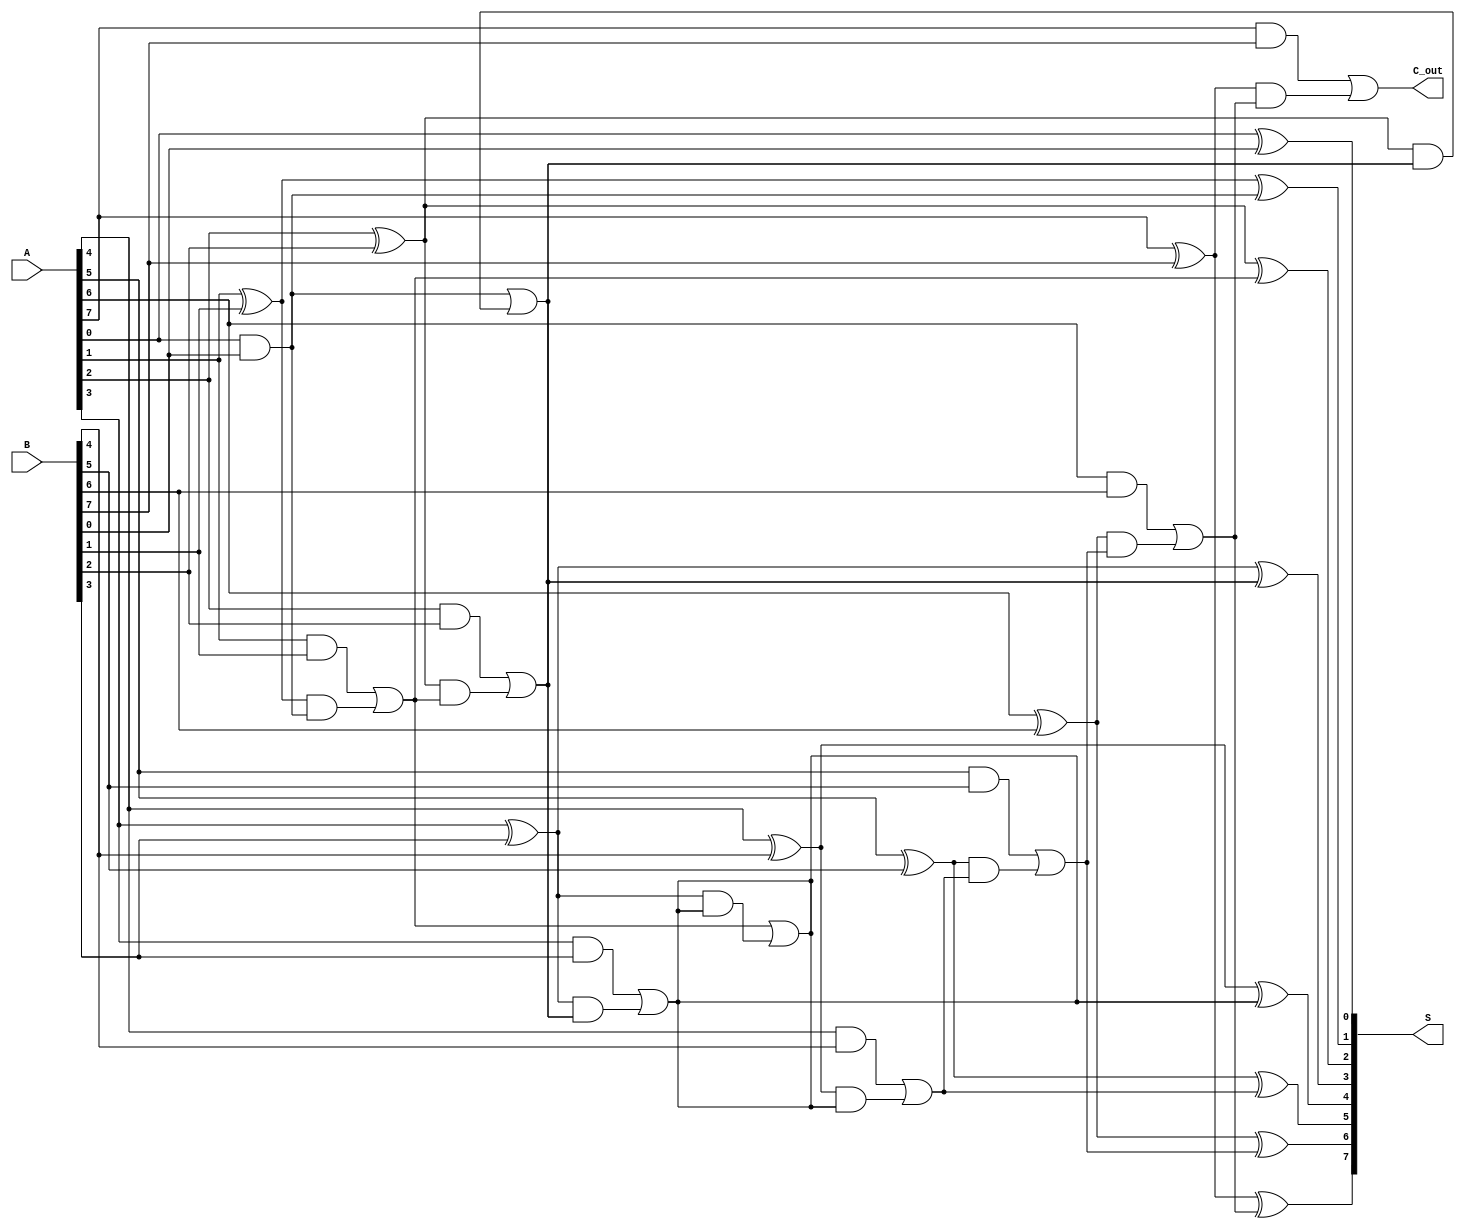
module brent_kung_adder #(parameter n = 8) (
    input  [n-1:0] A, 
    input  [n-1:0] B,
    output [n-1:0] S,
    output        C_out
);

    // Intermediate signals for propagate and generate
    wire [n-1:0] P; // Propagate
    wire [n-1:0] G; // Generate
    wire [n:0] C;   // Carry signals

    // Preprocessing stage: Compute P and G
    genvar i;
    generate
        for (i = 0; i < n; i = i + 1) begin : pg_gen
            assign P[i] = A[i] ^ B[i]; // Propagate
            assign G[i] = A[i] & B[i]; // Generate
        end
    endgenerate

    // Carry generation using Brent-Kung structure
    assign C[0] = 1'b0; // No carry-in for the least significant bit

    // Stage 1: Compute first-level carry signals
    generate
        for (i = 0; i < n; i = i + 1) begin : stage1
            if (i == 0) begin
                assign C[i + 1] = G[i]; // C[1] = G[0]
            end else begin
                assign C[i + 1] = G[i] | (P[i] & C[i]);
            end
        end
    endgenerate

    // Stage 2 and beyond: Continue combining carries
    // This will require multiple stages depending on n
    // For simplicity, we will implement a fixed number of stages
    // You can expand this for larger n by adding more stages

    // Example for 3 stages (can be adjusted for larger n)
    generate
        for (i = 0; i < n/2; i = i + 1) begin : stage2
            if (i < n/4) begin
                assign C[i + n/4 + 1] = C[i + 1] | (P[i + n/4] & C[i + 1 + n/4]);
            end
        end
    endgenerate

    // Final carry-out
    assign C_out = C[n];

    // Sum calculation
    generate
        for (i = 0; i < n; i = i + 1) begin : sum_gen
            assign S[i] = P[i] ^ C[i]; // Sum bits
        end
    endgenerate

endmodule